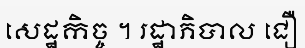
សេដ្ឋកិច្ច ។ រដ្ឋាភិបាល ជឿ